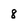
Character: 8